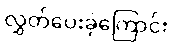
လွှတ်ပေးခဲ့ကြောင်း